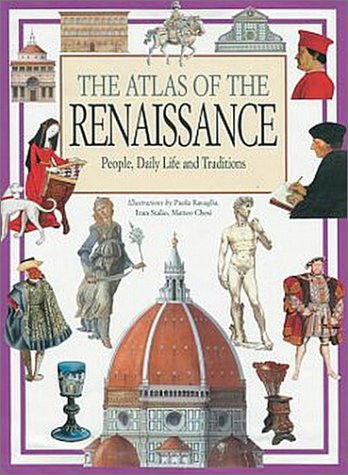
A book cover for The Atlas of the Renaissance World; Carson-Dellosa Publishing; Children's Books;